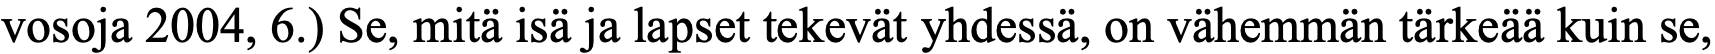
vosoja 2004, 6.) Se, mitä isä ja lapset tekevät yhdessä, on vähemmän tärkeää kuin se,